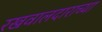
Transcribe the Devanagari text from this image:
रखवालदाराच्या